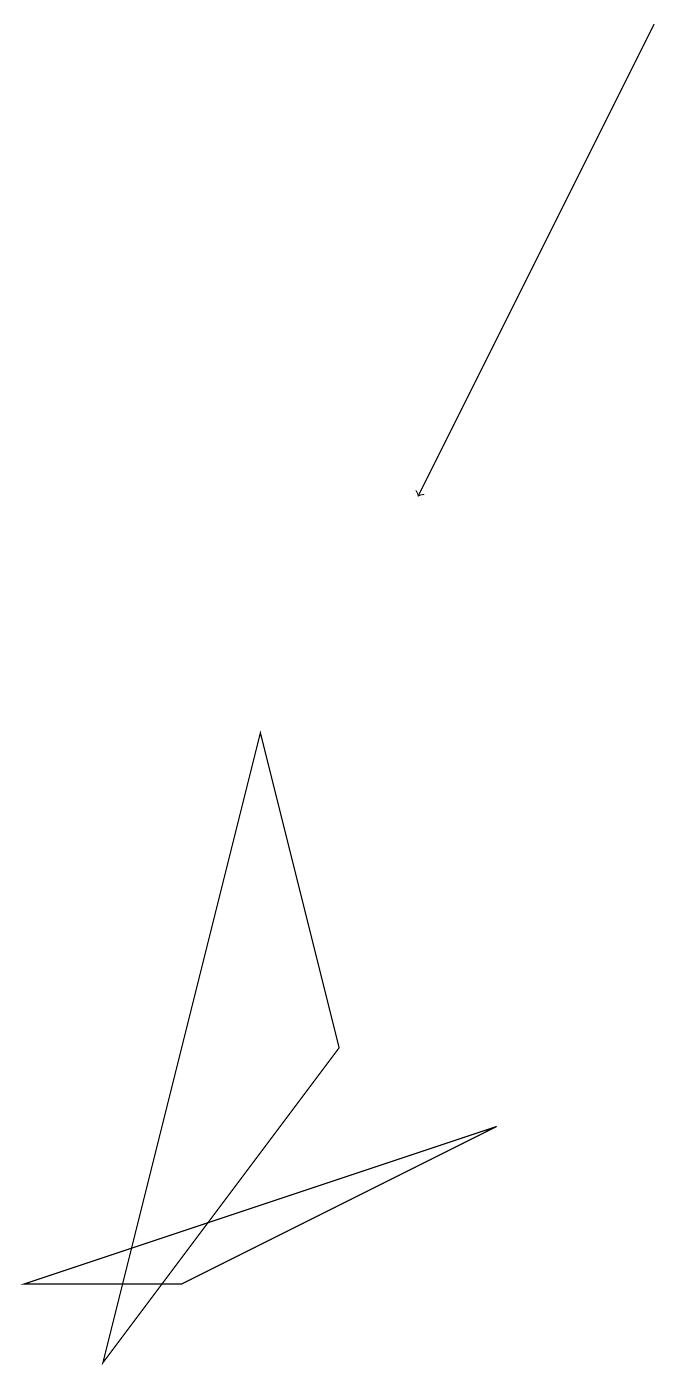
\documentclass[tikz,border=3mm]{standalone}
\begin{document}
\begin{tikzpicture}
\draw (2,1) -- (0,1) -- (6,3) -- cycle;
\draw[->] (8,17) -- (5,11);
\draw (4,4) -- (3,8) -- (1,0) -- cycle;
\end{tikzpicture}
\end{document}